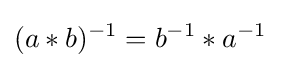
(a*b)^{-1}=b^{-1}*a^{-1}